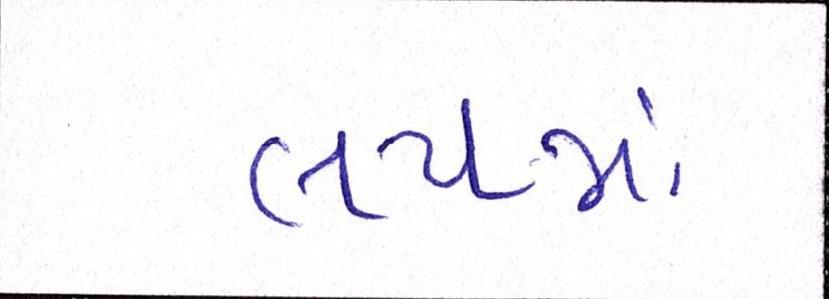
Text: લયમાં